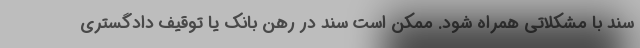
سند با مشکلاتی همراه شود. ممکن است سند در رهن بانک یا توقیف دادگستری